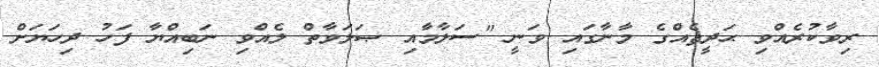
ރިވާކުރެއްވި ޙަދީޘެއްގެ މާނާގައި ވަނީ "ސަލާމާއި ޞަލަވާތް ލެއްވި ނަބިއްޔާ ފަހު ދިހަޔަށް